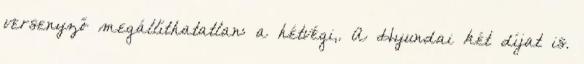
versenyző megállíthatatlan: a hétvégi,. A Hyundai két díjat is.